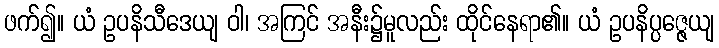
ဖက်၍။ ယံ ဥပနိသီဒေယျ ဝါ၊ အကြင် အနီး၌မူလည်း ထိုင်နေရာ၏။ ယံ ဥပနိပ္ပဇ္ဇေယျ